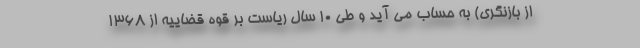
از بازنگری) به حساب می آید و طی 10 سال ریاست بر قوه قضاییه از 1368